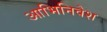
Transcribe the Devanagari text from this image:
आभिनिवेश